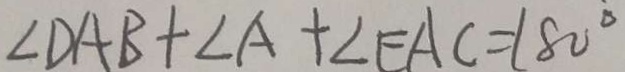
\angle D A B + \angle A + \angle E A C = 1 8 0 ^ { \circ }